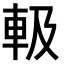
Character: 𨋃